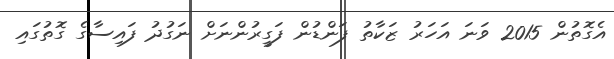
އެގޮތުން 2015 ވަނަ އަހަރު ޒަކާތު ފަންޑުން ފަގީރުންނަށް ނަގުދު ފައިސާގެ ގޮތުގައި